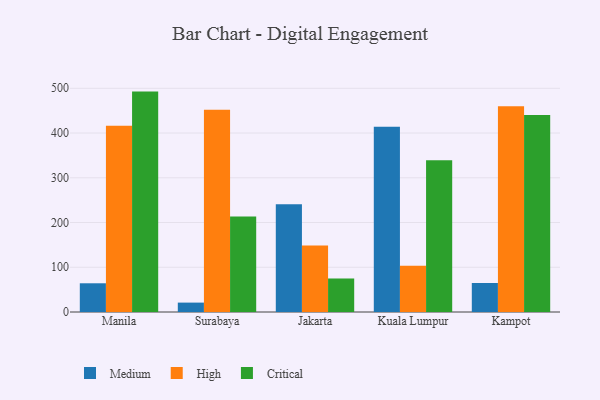
{"axis": {"x": "City", "y": "Page Views"}, "legend": ["Critical", "High", "Medium"], "data": [{"x": "Manila", "y": 64.2, "type": "Medium"}, {"x": "Manila", "y": 416.0, "type": "High"}, {"x": "Manila", "y": 492.6, "type": "Critical"}, {"x": "Surabaya", "y": 21.0, "type": "Medium"}, {"x": "Surabaya", "y": 452.2, "type": "High"}, {"x": "Surabaya", "y": 213.5, "type": "Critical"}, {"x": "Jakarta", "y": 240.7, "type": "Medium"}, {"x": "Jakarta", "y": 148.7, "type": "High"}, {"x": "Jakarta", "y": 74.9, "type": "Critical"}, {"x": "Kuala Lumpur", "y": 414.1, "type": "Medium"}, {"x": "Kuala Lumpur", "y": 103.5, "type": "High"}, {"x": "Kuala Lumpur", "y": 339.0, "type": "Critical"}, {"x": "Kampot", "y": 64.8, "type": "Medium"}, {"x": "Kampot", "y": 460.0, "type": "High"}, {"x": "Kampot", "y": 440.1, "type": "Critical"}]}